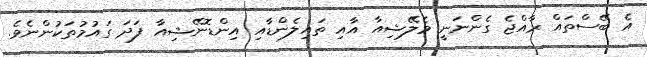
އެ ބޭސްތައް ރާއްޖެ ގެންނަނީ މެލޭޝިއާ އާއި ތައިލެންޑާއި އިންޑޮނޭޝިއާ ފަދަ ގައުމުތަކުންނެވެ.